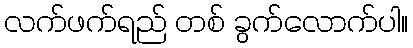
လက်ဖက်ရည် တစ် ခွက်လောက်ပါ။